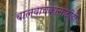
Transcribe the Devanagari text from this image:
बालवाचकांसाठीही